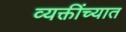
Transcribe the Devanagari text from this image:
व्यक्तींच्यात